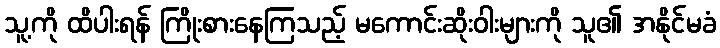
သူ့ကို ထိပါးရန် ကြိုးစားနေကြသည့် မကောင်းဆိုးဝါးများကို သူ၏ အနိုင်မခံ